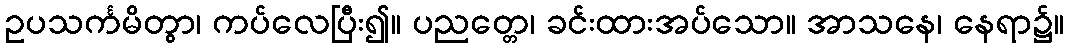
ဥပသင်္ကမိတွာ၊ ကပ်လေပြီး၍။ ပညတ္တေ၊ ခင်းထားအပ်သော။ အာသနေ၊ နေရာ၌။